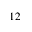
1 2